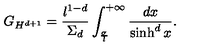
G _ { H ^ { d + 1 } } = { \frac { l ^ { 1 - d } } { \Sigma _ { d } } } \int _ { \frac { \sigma } { l } } ^ { + \infty } { \frac { d x } { \sinh ^ { d } x } } .